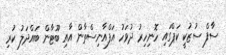
ސާފް ސުޒުކީ ކަޕްގައި ހޮނިހިރު ދުވަހު އަފްއާނިސްތާން އާއި ބޫޓާން ބައްދަލު ކުރި